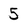
Character: 5